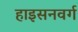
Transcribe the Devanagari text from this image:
हाइसनवर्ग